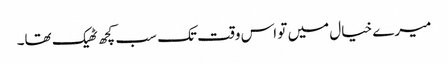
میرے خیال میں تو اس وقت تک سب کچھ ٹھیک تھا۔